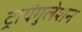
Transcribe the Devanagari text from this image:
ट्रायंगुलेशन